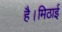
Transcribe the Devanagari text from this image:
है।मिठाई